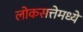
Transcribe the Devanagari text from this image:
लोकसत्तेमध्ये